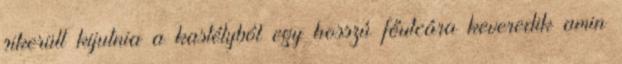
sikerült kijutnia a kastélyból egy hosszú főutcára keveredik amin